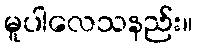
မူပါလေသနည်း။